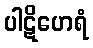
ပါဋိဟေရံ